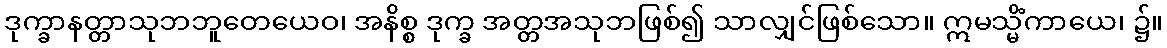
ဒုက္ခာနတ္တာသုဘဘူတေယေဝ၊ အနိစ္စ ဒုက္ခ အတ္တအသုဘဖြစ်၍ သာလျှင်ဖြစ်သော။ ဣမသ္မိံကာယေ၊ ၌။